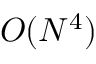
O ( N ^ { 4 } )